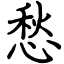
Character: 愁